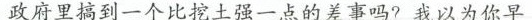
政府里搞到一个比挖土强一点的差事吗?我以为你早